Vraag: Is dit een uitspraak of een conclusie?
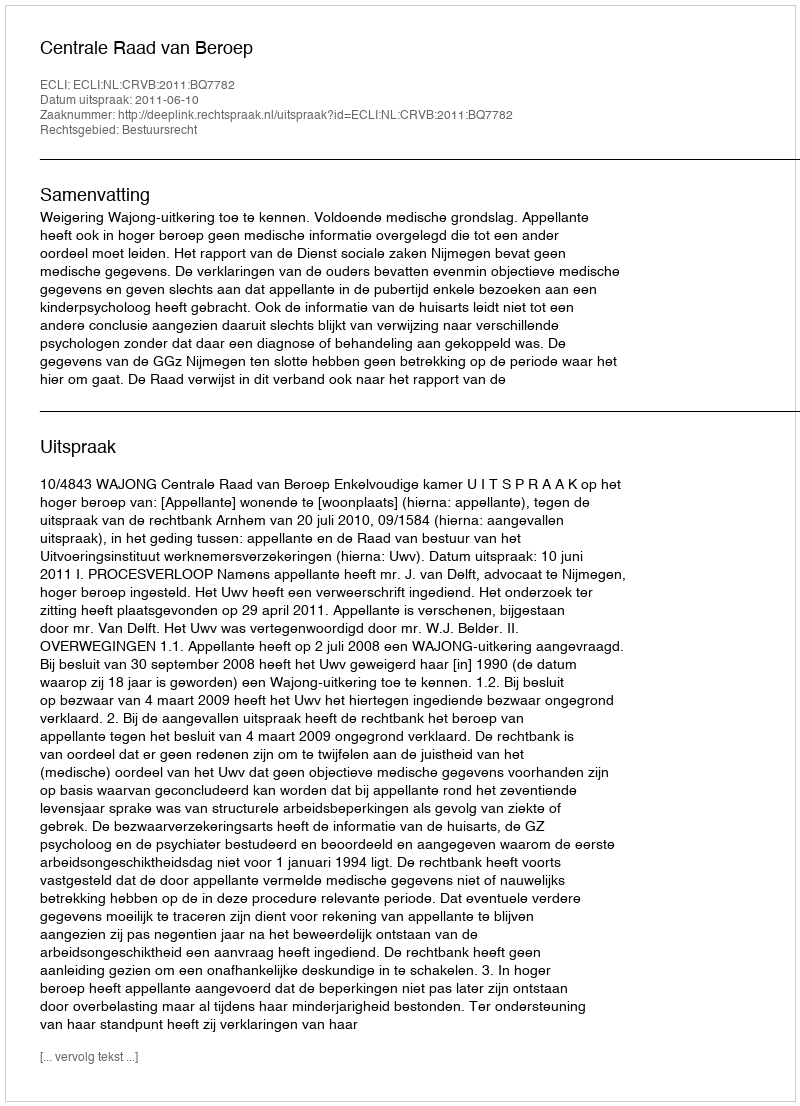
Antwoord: Uitspraak